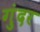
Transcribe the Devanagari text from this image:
गुंदर